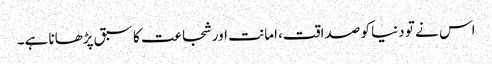
اس نے تو دنیا کو صداقت، امانت اور شجاعت کا سبق پڑھانا ہے۔